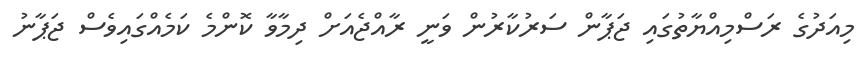
މިއަދުގެ ރަސްމިއްޔާތުގައި ޖަޕާން ސަރުކާރުން ވަނީ ރާއްޖެއަށް ދިމާވާ ކޮންމެ ކަމެއްގައިވެސް ޖަޕާނު